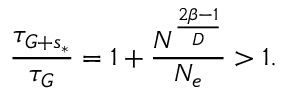
\frac { \tau _ { G + s _ { * } } } { \tau _ { G } } = 1 + \frac { N ^ { \frac { 2 \beta - 1 } { D } } } { { N } _ { e } } > 1 .